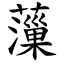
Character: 薻